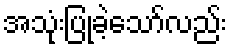
အသုံးပြုခဲ့သော်လည်း